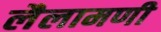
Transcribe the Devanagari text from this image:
लैलामणी